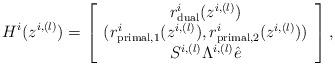
LaTeX: \begin{align*}H^{i}(z^{i,(l)})=\begin{bmatrix}\begin{array}{c}r_{\textrm{dual}}^{i}(z^{i,(l)})\\(r_{\textrm{primal,1}}^{i}(z^{i,(l)}),r_{\textrm{primal,2}}^{i}(z^{i,(l)}))\\S^{i,(l)}\Lambda^{i,(l)}\hat{e}\\\end{array}\end{bmatrix},\end{align*}